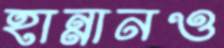
হান্নানও